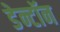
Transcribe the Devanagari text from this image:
डेन्टॉन